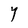
Character: Y